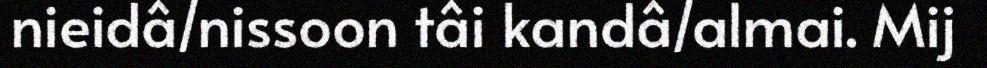
nieidâ/nissoon tâi kandâ/almai. Mij